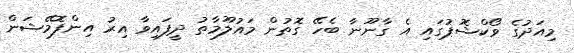
މިއަދުގެ ވޯކްޝޮޕުގައި އެ ގާނޫނާ ބެހޭ ގޮތުން މައުލޫމާތު ދީފައިވާ އިރު އިންފޮމޭޝަން